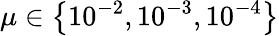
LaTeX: \mu\in\left\lbrace 10^{-2},10^{-3},10^{-4}\right\rbrace